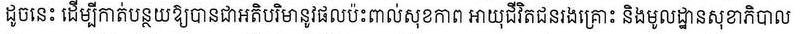
ដួចនេះ ដើម្បីកាត់បន្ថយឱ្យបានជាអតិបរិមានូវផលប៉ះពាល់សុខភាព អាយុជីវិតជនរងគ្រោះ និងមូលដ្ឋានសុខាភិបាល